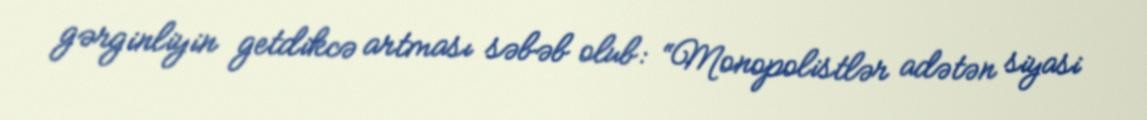
gərginliyin getdikcə artması səbəb olub: “Monopolistlər adətən siyasi